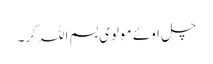
چل اوئے مولوی بسم اللہ کر۔